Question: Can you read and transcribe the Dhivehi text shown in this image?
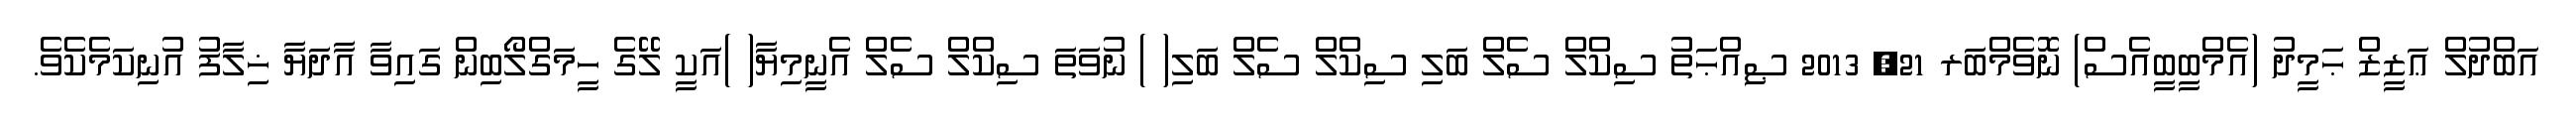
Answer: އަބްދުލް ޢަޒީޒް ޙަމީދު (އެމްބީބީއެސް) ނޮވެމްބަރ 21, 2013 ޞިއްޙަތު ސިކްލް ސެލް ބަލި ސިކްލް ސެލް ބަލި( ) ނުވަތަ ސިކްލް ސެލް އެނީމިޔާ( )އަކީ ލޭގެ ހީމަގްލޯބިން ގައިވާ އާދަޔާ ޚިލާފު އުނިކަމެކެވެ.